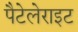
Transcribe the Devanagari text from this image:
पैटेलेराइट